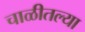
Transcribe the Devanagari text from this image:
चाळीतल्या